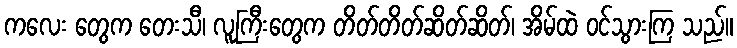
ကလေး တွေက တေးသီ၊ လူကြီးတွေက တိတ်တိတ်ဆိတ်ဆိတ်၊ အိမ်ထဲ ဝင်သွားကြ သည်။